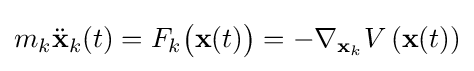
m_{k}{\ddot {\mathbf {x} }}_{k}(t)=F_{k}{\bigl (}\mathbf {x} (t){\bigr )}=-\nabla _{\mathbf {x} _{k}}V\left(\mathbf {x} (t)\right)